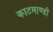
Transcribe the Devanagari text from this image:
काटमाण्डौ